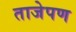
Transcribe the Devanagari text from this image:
ताजेपण